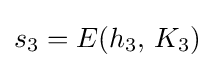
s_{3}=E(h_{3},\,K_{3})